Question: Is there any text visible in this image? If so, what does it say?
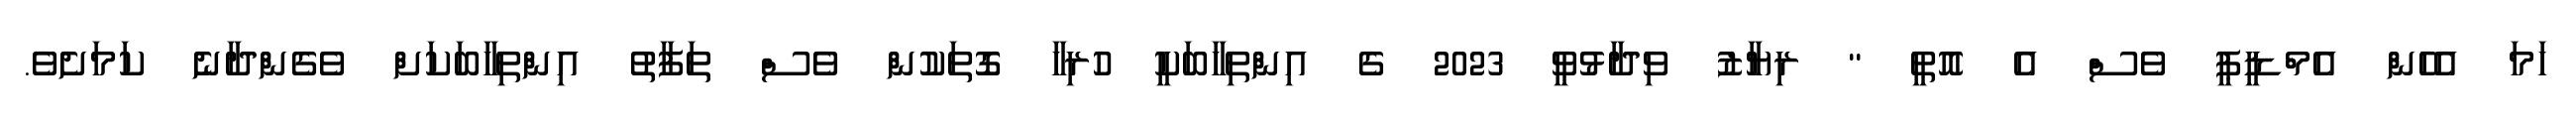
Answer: ހަމަ އެހެން އެމްޑީޕީ ވެސް އެ އޮތީ " ރިޔާޒު ވިދާޅުވީ 2023 ގެ އިންތިހާބަކީ ހުރިހާ ގޮތަކުން ވެސް ތަފާތު އިންތިހާބަކަށް ވެގެންދާނެ ކަމަށެވެ.